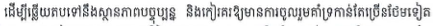
ដើម្បីឆ្លើយតបទៅនឺងស្ថានភាពបច្ចុប្បន្ន និងកៀរគរឱ្យមានការចូលរួមគាំទ្រកាន់តែច្រើនថែមទៀត